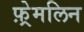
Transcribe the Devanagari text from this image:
फ़्रेमलिन